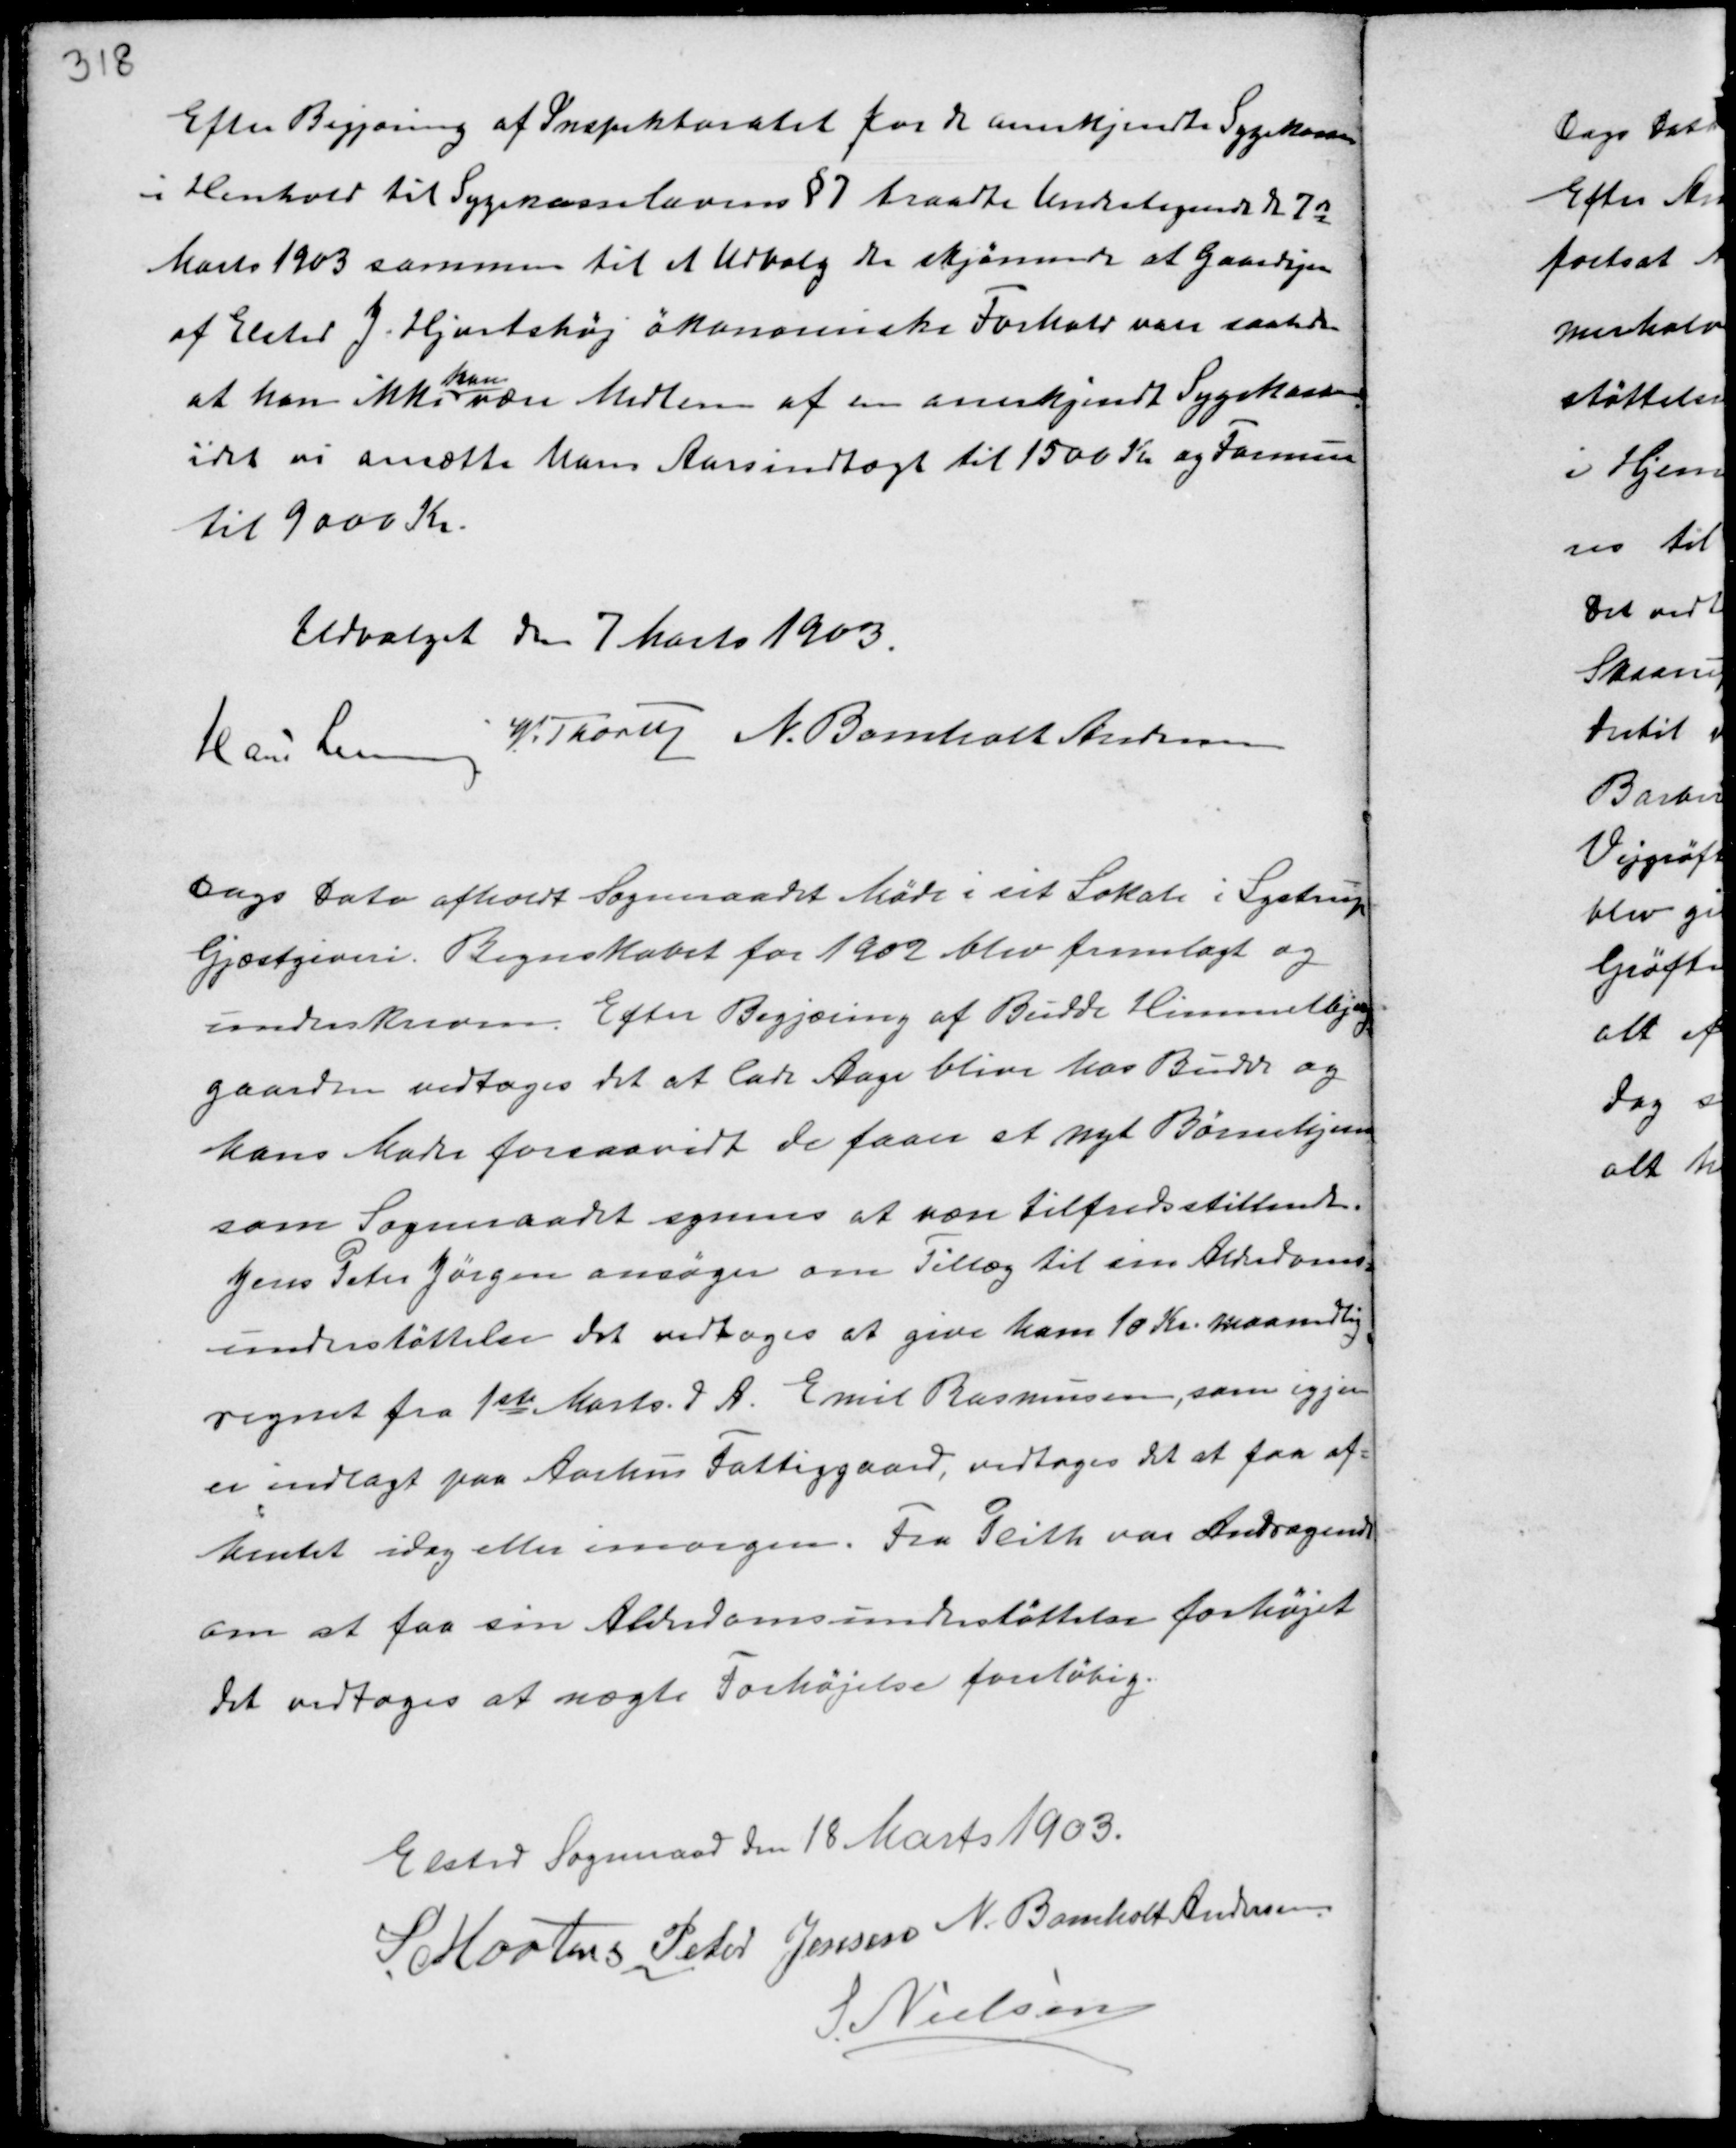
Transskription:
Efter Begjæring af Inspektoratet for de anerkjendte Sygekasser
i Henhold til Sygekasseloven §7 traadte Undertegnede d. 7de
Marts 1903 sammen til et Udvalg der skjønnede at Gaardejer
af Elsted J. Hjortshøj økonomiske Forhold vare saaledes
at han ikke
kan
være Medlem af en anerkjendt Sygekasse
idet vi ansætte hans Aarsindtægt til 1500 Kr og Formue
til 9000 Kr.

Udvalget den 7 Marts 1903.
Hans Lemming
W. Thorup N. Bomholdt Andersen

Dags Dato afholdt Sogneraadet Møde i sit Lokale i Lystrup
Gjæstgiveri. Regnskabet for 1902 blev fremlagt og
underskreven. Efter Begjæring af Budde Himmelbjerg
gaarden vedtoges det at lade Aage blive hos Budde og
hans Moder forsaavidt de faar et nyt Børnehjem
som Sogneraadet synes at være tilfredsstillende.
Jens Peter Jørgen ansøger om Tillæg til sin Alderdoms-
understøttelse det vedtoges at give ham 10 Kr. maanedlig
regnet fra 1st Marts d.A.. Emil Rasmussen, som igjen
er indlagt paa Aarhus Fattiggaard, vedtoges det at faa af-
hentet idag eller imorgen. Fra Plith var Andragende
om at faa sin Alderdomsunderstøttelse forhøjet.
Det vedtoges at nægte Forhøjelse foreløbig.

Elsted Sogneraad den 18 Marts 1903.
S. Mortensen Peter Jensen N. Bomholt Andersen
S. Nielsen